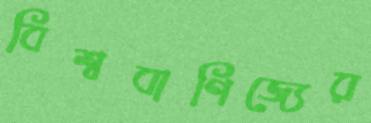
বিশ্ববাণিজ্যের